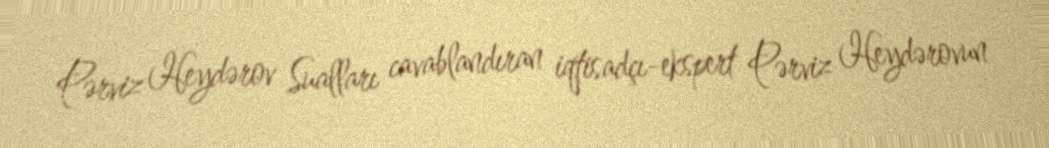
Pərviz Heydərov Sualları cavablandıran iqtisadçı-ekspert Pərviz Heydərovun